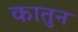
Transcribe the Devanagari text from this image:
कातुन